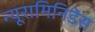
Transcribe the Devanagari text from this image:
न्यूरामिनिडेस